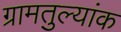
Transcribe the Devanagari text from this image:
ग्रामतुल्यांक